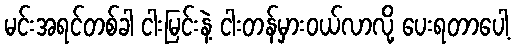
မင်းအရင်တစ်ခါ ငါးမြင်းနဲ့ ငါးတန်မှားဝယ်လာလို့ ပေးရတာပေါ့